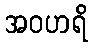
အဝဟရိ